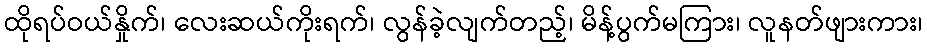
ထိုရပ်ဝယ်နှိုက်၊ လေးဆယ်ကိုးရက်၊ လွန်ခဲ့လျက်တည့်၊ မိန့်ပွက်မကြား၊ လူနတ်ဖျားကား၊